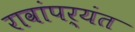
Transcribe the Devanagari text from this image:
रावांपर्यंत